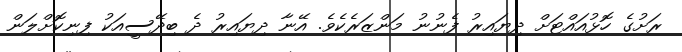
ރަށުގެ ހޮޅުއައްޓަށް ދިޔައިރު ފެނުނު މަންޒަރެކެވެ. އޭނާ ދިޔައިރު ދެ ބިދޭސީއަކު ފިނިކޮށްލަން